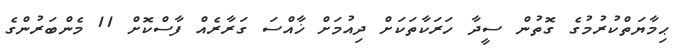
ޙިމާޔަތްކުރުމުގެ ގޮތުން ސީދާ ހަރަކާތަކަށް ދިއުމަށް ޚާއްސަ ގަރާރެއް ފާސްކޮށް 11 މެންބަރުންގެ